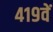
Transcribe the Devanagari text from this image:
४१९वें